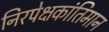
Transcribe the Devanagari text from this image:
निरपेक्षकांतिमान